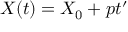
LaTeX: X ( t ) = X _ { 0 } + p t ^ { \prime }